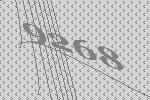
9268